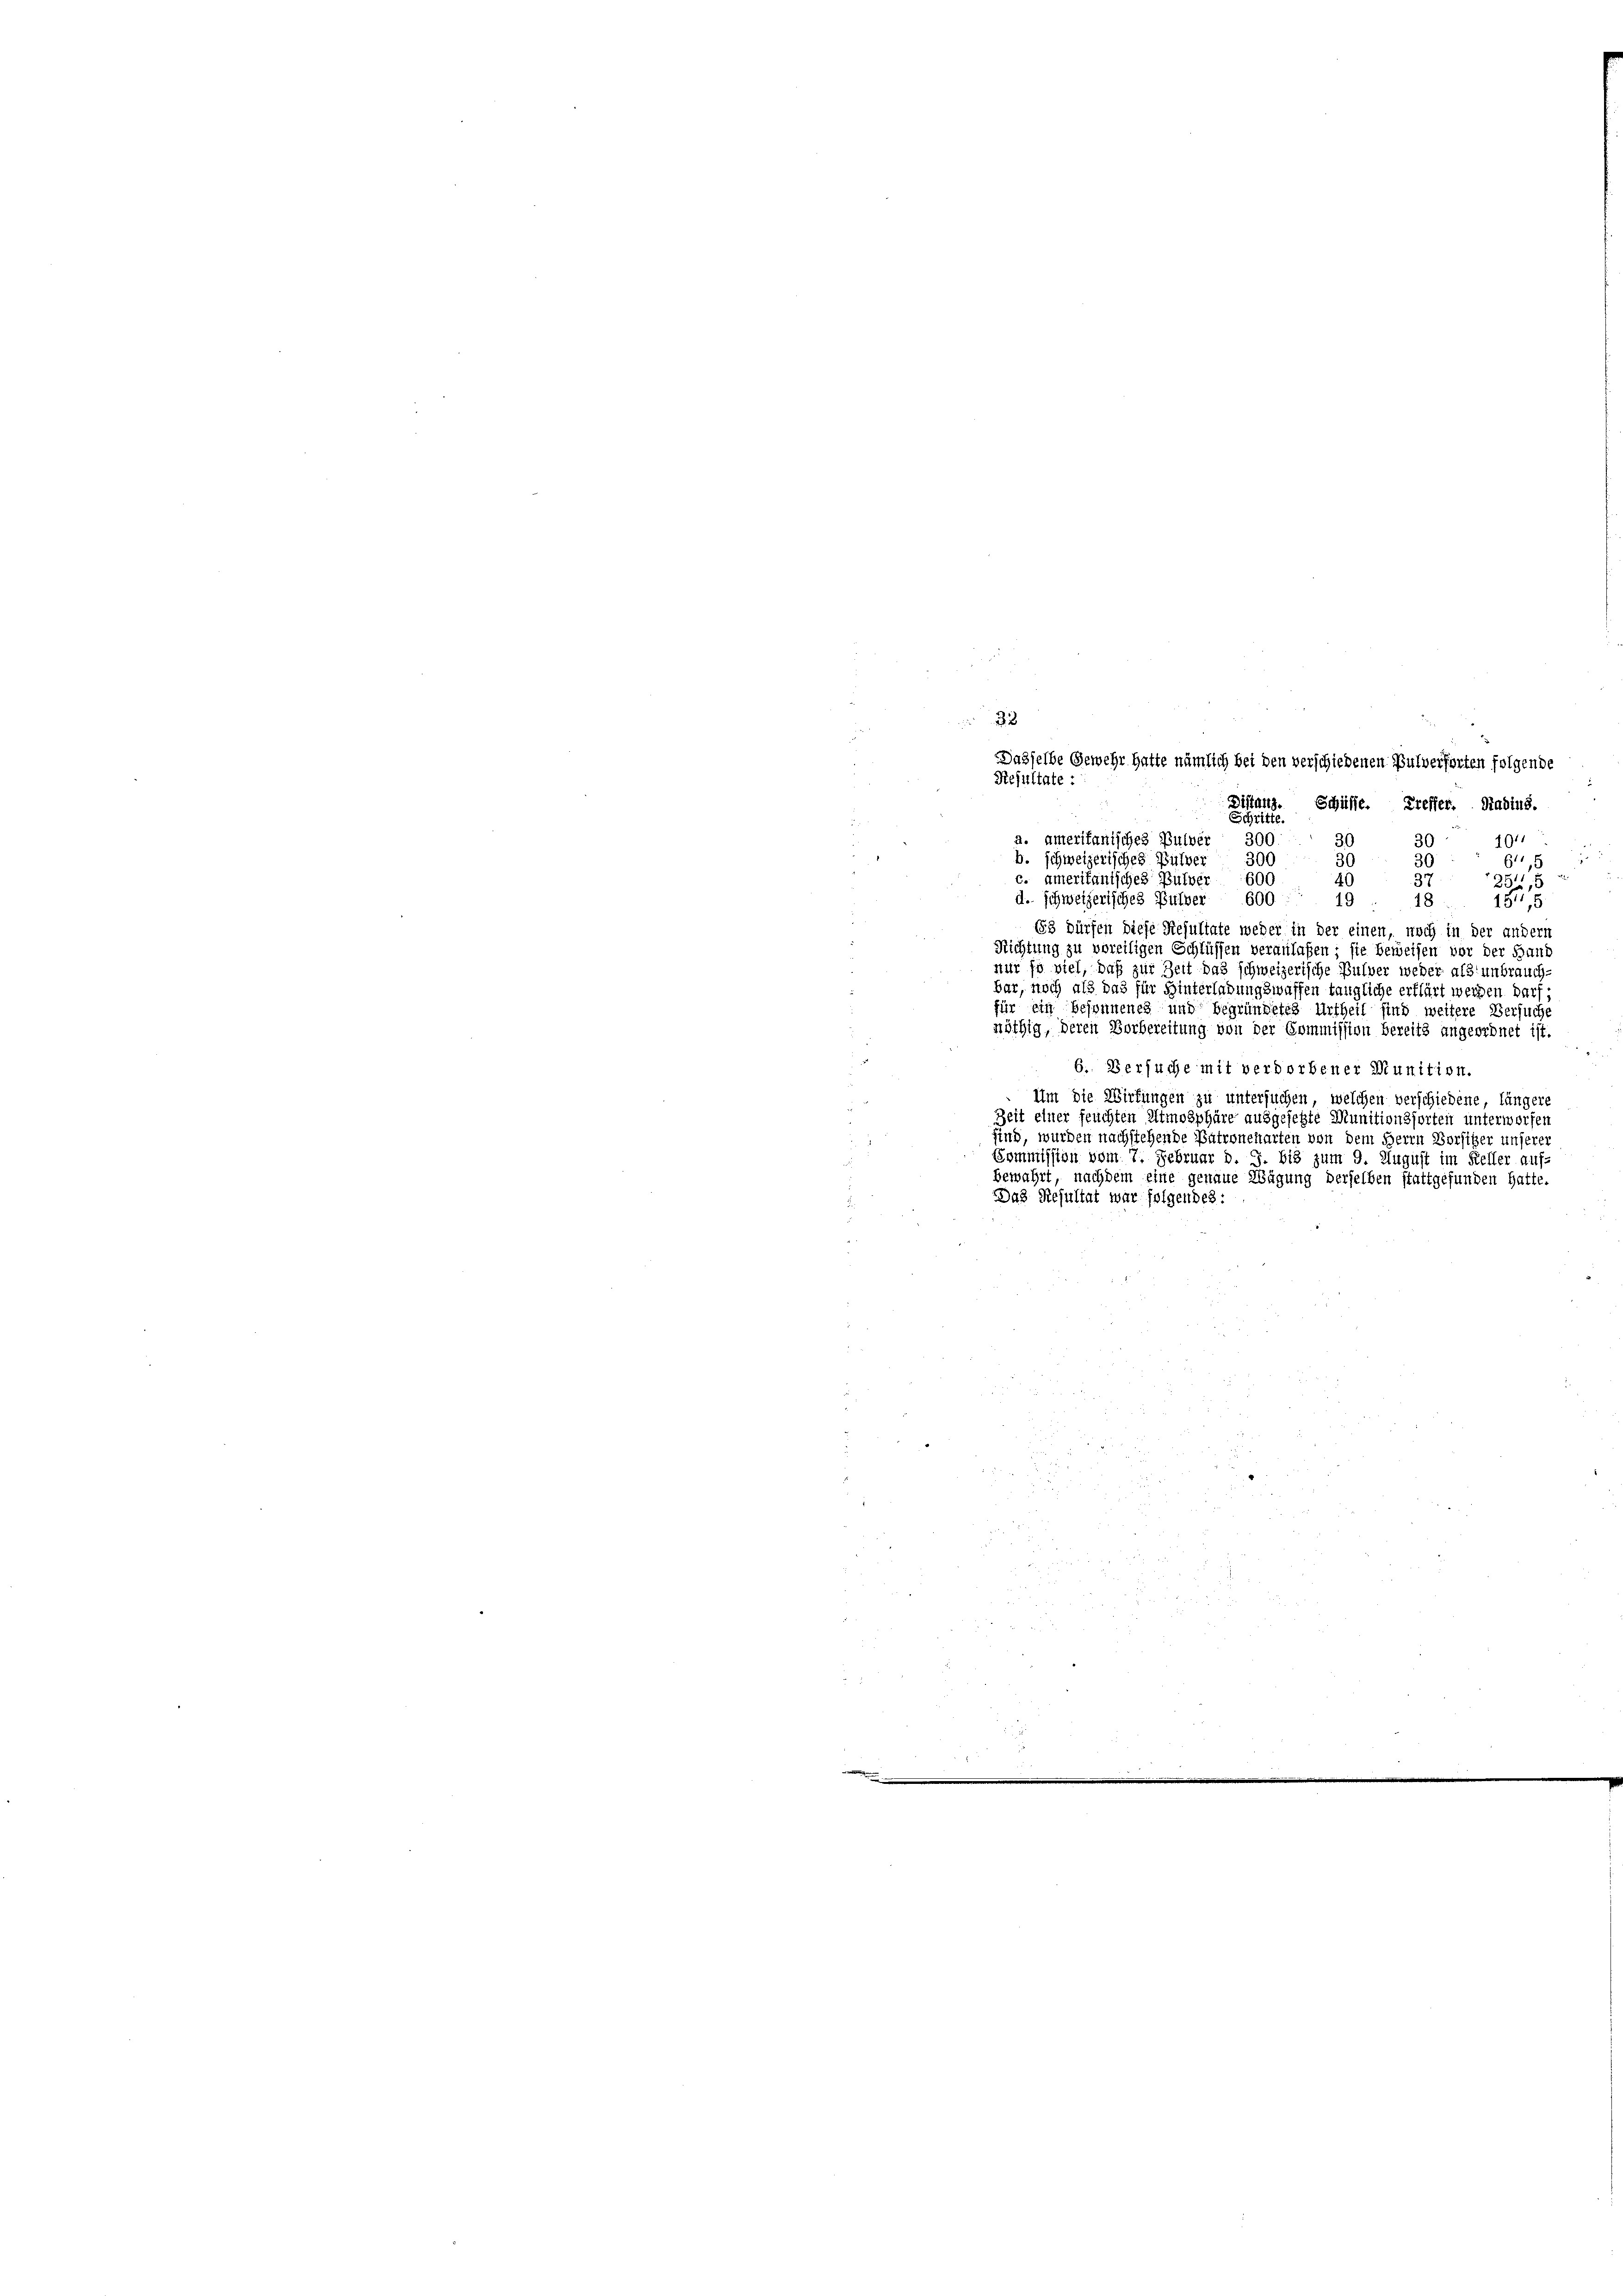
d
Schritte.
300.
30
a. ameritanisches Pulver
101
30
.
300
b. schweizerisches Pulver
911,5
30
30
c. amerikanisches Pulver 600
37
40
254,5
d. schweizerisches Pulver 600
19
18
15,5
(53 dürfen diese Resultate weder in der einen, noch in der andern
Richtung zu voreiligen Schlüssen veranlaßen; sie beweisen vor der Hand
nur so viel, daß zur Zeit das schweizerische Pulver weder als unbrauch-
bar, noch als das für Hinterladungswaffen taugliche erklärt werden darf;
für ein Besonnenes und begründetes Urtheil sind weitere Versuche
nöthig, deren Vorbereitung von der Commission bereits angeordnet ist.
6. Versuche mit verdorbener Munition.
Um die Wirkungen zu untersuchen, welchen verschiedene längere
Zeit einer feuchten Atmosphäre ausgesetzte Munitionsforten unterworfen
sind, wurden nachstehende Patroncharten von dem Herrn Vorsitzer unserer
Commission vom 7. Februar d. J. bis zum 9. August im Keller auf-
bewahrt, nachdem eine genaue Wägung derselben stattgefunden hatte.
Das Resultat war folgendes:
a
u.

5
.
5
 52 xx

e

22
Dasselbe Gewehr hatte nämlich bei den verschiedenen Pulverforten folgende
Resultate:
Distanz. Schülfe. Treffer. Radius.